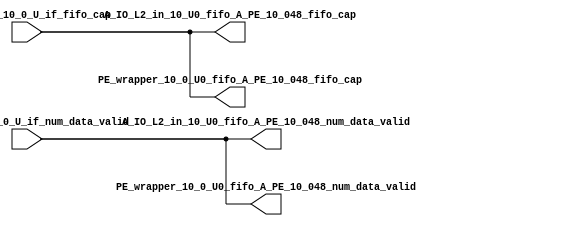
// ==================================================
// RTL generated by RapidStream
//
// Copyright 2024 RapidStream Design Automation, Inc.
// All Rights Reserved.
// ==================================================
`timescale 1 ns / 1 ps
module __rs_kernel3_aux_split_aux_4 #(
    parameter C_S_AXI_CONTROL_DATA_WIDTH  = 32,
    parameter C_S_AXI_CONTROL_ADDR_WIDTH  = 6,
    parameter C_S_AXI_DATA_WIDTH          = 32,
    parameter C_M_AXI_GMEM_A_ID_WIDTH     = 1,
    parameter C_M_AXI_GMEM_A_ADDR_WIDTH   = 64,
    parameter C_M_AXI_GMEM_A_DATA_WIDTH   = 512,
    parameter C_M_AXI_GMEM_A_AWUSER_WIDTH = 1,
    parameter C_M_AXI_GMEM_A_ARUSER_WIDTH = 1,
    parameter C_M_AXI_GMEM_A_WUSER_WIDTH  = 1,
    parameter C_M_AXI_GMEM_A_RUSER_WIDTH  = 1,
    parameter C_M_AXI_GMEM_A_BUSER_WIDTH  = 1,
    parameter C_M_AXI_GMEM_A_USER_VALUE   = 0,
    parameter C_M_AXI_GMEM_A_PROT_VALUE   = 0,
    parameter C_M_AXI_GMEM_A_CACHE_VALUE  = 3,
    parameter C_M_AXI_DATA_WIDTH          = 32,
    parameter C_M_AXI_GMEM_B_ID_WIDTH     = 1,
    parameter C_M_AXI_GMEM_B_ADDR_WIDTH   = 64,
    parameter C_M_AXI_GMEM_B_DATA_WIDTH   = 512,
    parameter C_M_AXI_GMEM_B_AWUSER_WIDTH = 1,
    parameter C_M_AXI_GMEM_B_ARUSER_WIDTH = 1,
    parameter C_M_AXI_GMEM_B_WUSER_WIDTH  = 1,
    parameter C_M_AXI_GMEM_B_RUSER_WIDTH  = 1,
    parameter C_M_AXI_GMEM_B_BUSER_WIDTH  = 1,
    parameter C_M_AXI_GMEM_B_USER_VALUE   = 0,
    parameter C_M_AXI_GMEM_B_PROT_VALUE   = 0,
    parameter C_M_AXI_GMEM_B_CACHE_VALUE  = 3,
    parameter C_M_AXI_GMEM_C_ID_WIDTH     = 1,
    parameter C_M_AXI_GMEM_C_ADDR_WIDTH   = 64,
    parameter C_M_AXI_GMEM_C_DATA_WIDTH   = 512,
    parameter C_M_AXI_GMEM_C_AWUSER_WIDTH = 1,
    parameter C_M_AXI_GMEM_C_ARUSER_WIDTH = 1,
    parameter C_M_AXI_GMEM_C_WUSER_WIDTH  = 1,
    parameter C_M_AXI_GMEM_C_RUSER_WIDTH  = 1,
    parameter C_M_AXI_GMEM_C_BUSER_WIDTH  = 1,
    parameter C_M_AXI_GMEM_C_USER_VALUE   = 0,
    parameter C_M_AXI_GMEM_C_PROT_VALUE   = 0,
    parameter C_M_AXI_GMEM_C_CACHE_VALUE  = 3,
    parameter C_S_AXI_CONTROL_WSTRB_WIDTH = 4,
    parameter C_S_AXI_WSTRB_WIDTH         = 4,
    parameter C_M_AXI_GMEM_A_WSTRB_WIDTH  = 64,
    parameter C_M_AXI_WSTRB_WIDTH         = 4,
    parameter C_M_AXI_GMEM_B_WSTRB_WIDTH  = 64,
    parameter C_M_AXI_GMEM_C_WSTRB_WIDTH  = 64
) (
    output wire [1:0] A_IO_L2_in_10_U0_fifo_A_PE_10_048_fifo_cap,
    output wire [1:0] A_IO_L2_in_10_U0_fifo_A_PE_10_048_num_data_valid,
    output wire [1:0] PE_wrapper_10_0_U0_fifo_A_PE_10_048_fifo_cap,
    output wire [1:0] PE_wrapper_10_0_U0_fifo_A_PE_10_048_num_data_valid,
    input wire  [1:0] fifo_A_PE_10_0_U_if_fifo_cap,
    input wire  [1:0] fifo_A_PE_10_0_U_if_num_data_valid
);
assign A_IO_L2_in_10_U0_fifo_A_PE_10_048_fifo_cap = fifo_A_PE_10_0_U_if_fifo_cap;
assign A_IO_L2_in_10_U0_fifo_A_PE_10_048_num_data_valid = fifo_A_PE_10_0_U_if_num_data_valid;
assign PE_wrapper_10_0_U0_fifo_A_PE_10_048_fifo_cap = fifo_A_PE_10_0_U_if_fifo_cap;
assign PE_wrapper_10_0_U0_fifo_A_PE_10_048_num_data_valid = fifo_A_PE_10_0_U_if_num_data_valid;
endmodule